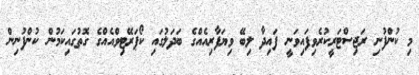
މި ކުންފުނި ރަޖިސްޓަރީކުރެވިފައިވަނީ ފައިދާ ލިބޭ ވިޔަފާރިއެއްގެ ބަދަލުގައި ކޯޕަރޭޓިވްއެއްގެ ގޮތުގައިކަމުން ކުންފުނިން